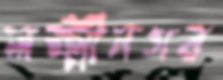
লক্ষ্মীনগর